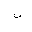
Letter: _non